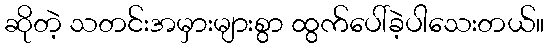
ဆိုတဲ့ သတင်းအမှားများစွာ ထွက်ပေါ်ခဲ့ပါသေးတယ်။